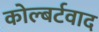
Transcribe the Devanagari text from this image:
कोल्बर्टवाद